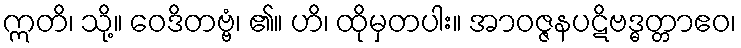
ဣတိ၊ သို့။ ဝေဒိတဗ္ဗံ၊ ၏။ ဟိ၊ ထိုမှတပါး။ အာဝဇ္ဇနပဋိဗဒ္ဓတ္တာဧဝ၊